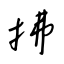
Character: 拂